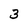
Character: 3